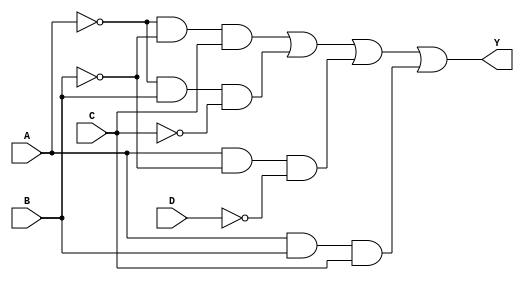
module sop_simplification (
    input wire A,      // Input A
    input wire B,      // Input B
    input wire C,      // Input C
    input wire D,      // Input D
    output wire Y      // Output Y
);

// Intermediate signals for product terms
wire A_not, B_not, C_not, D_not;
wire term1, term2, term3, term4;

// NOT gates for input inversion
not (A_not, A);
not (B_not, B);
not (C_not, C);
not (D_not, D);

// Product terms (AND gates)
and (term1, A_not, B_not, C);   // A'B'C
and (term2, A_not, B, C_not);    // A'BC'
and (term3, A, B_not, D_not);    // AB'D'
and (term4, A, B, C);            // ABC

// Final output (OR gate)
or (Y, term1, term2, term3, term4); // Y = term1 + term2 + term3 + term4

endmodule